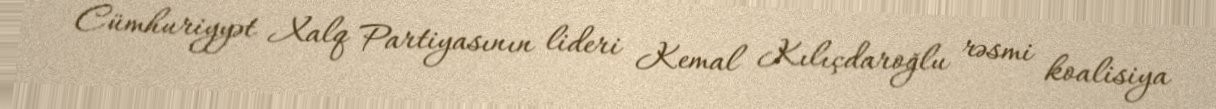
Cümhuriyyət Xalq Partiyasının lideri Kemal Kılıçdaroğlu rəsmi koalisiya